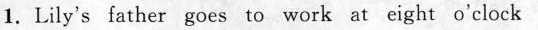
1. Lily's father goes to work at eight o'clock